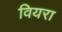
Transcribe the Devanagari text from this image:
वियरा